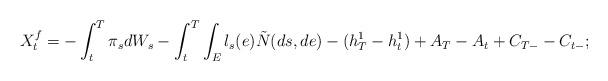
LaTeX: \begin{align*}X^{f}_t= -\int_{t}^T \pi_s dW_s-\int_{t}^T \int_E l_s(e) \tilde N(ds,de)- (h^1_T-h^1_t)+A_T-A_t+C_{T-} -C_{t-};\end{align*}